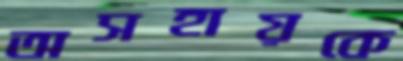
অসহায়কে